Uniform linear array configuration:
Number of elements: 32
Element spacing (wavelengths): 0.5
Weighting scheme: hamming
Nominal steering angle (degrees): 60
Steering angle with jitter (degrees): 60.159
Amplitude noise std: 0.05
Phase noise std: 0.05

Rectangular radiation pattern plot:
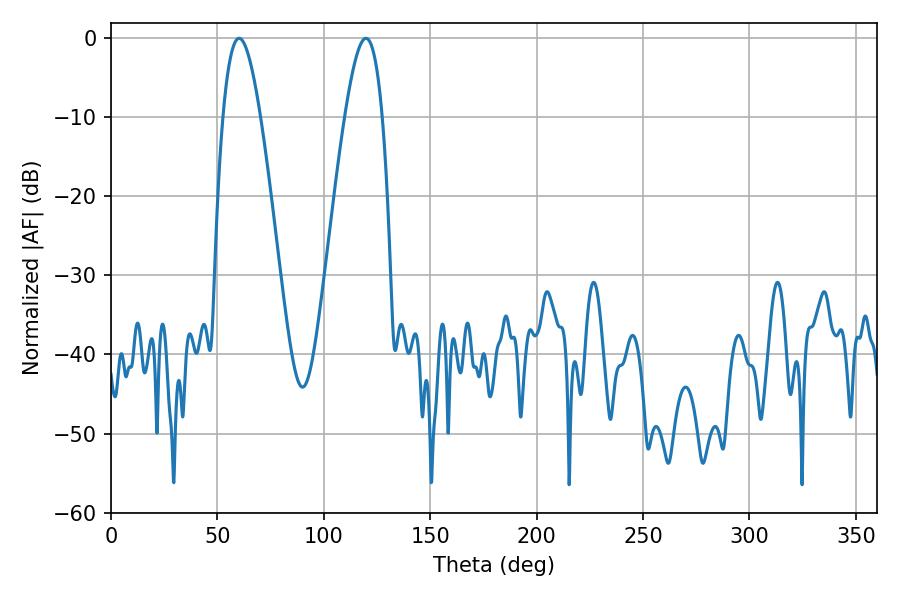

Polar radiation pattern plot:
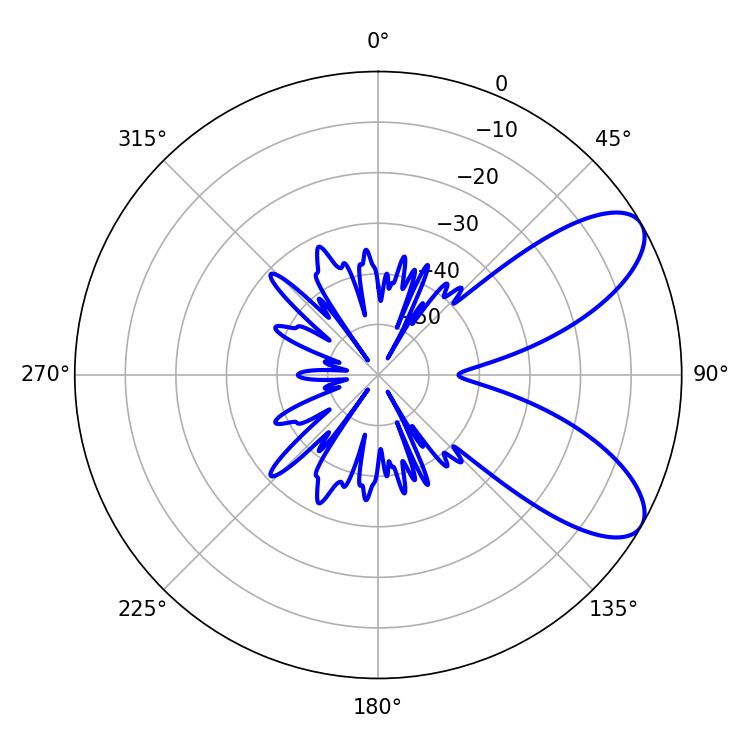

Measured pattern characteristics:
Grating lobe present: FALSE
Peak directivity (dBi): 8.023
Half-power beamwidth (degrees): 9.54
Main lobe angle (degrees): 119.88